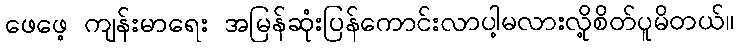
ဖေဖေ့ ကျန်းမာရေး အမြန်ဆုံးပြန်ကောင်းလာပါ့မလားလို့စိတ်ပူမိတယ်။